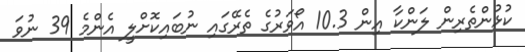
ކުޅުންތެރިން ލަންކާ އިން 10.3 އޯވަރުގެ ތެރޭގައި ނުބައިކޮށްލީ އެންމެ 39 ނުވަ